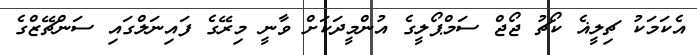
އެކަމަކު ޗިލީޣެ ކޯޗު ޖޯޖް ސަމްޕޯލީގެ އުންމީދަކަށް ވާނީ މިރޭގެ ފައިނަލްގައި ސަންޗޭޒްގެ